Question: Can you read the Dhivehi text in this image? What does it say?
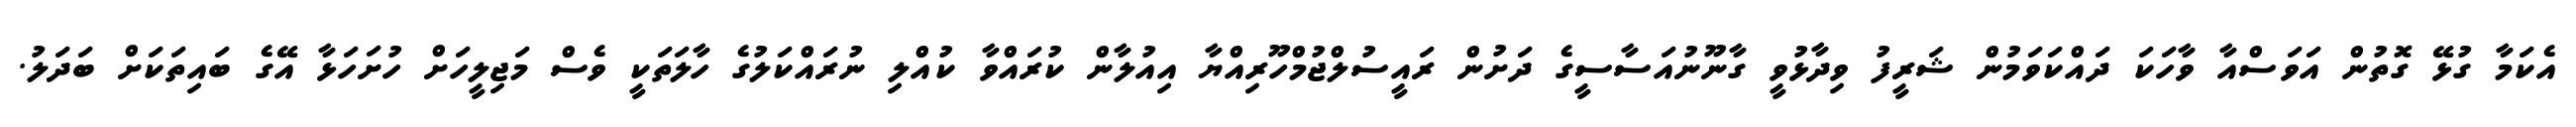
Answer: އެކަމާ ގުޅޭ ގޮތުން އަވަސްއާ ވާހަކަ ދައްކަވަމުން ޝަރީފު ވިދާޅުވީ ގާނޫނުއަސާސީގެ ދަށުން ރައީސުލްޖުމްހޫރިއްޔާ އިއުލާން ކުރައްވާ ކުއްލި ނުރައްކަލުގެ ހާލަތަކީ ވެސް މަޖިލީހަށް ހުށަހަޅާ އޭގެ ބައިތަކަށް ބަދަލު.